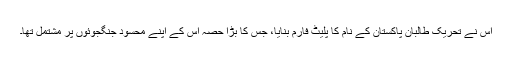
اس نے تحریک طالبان پاکستان کے نام کا پلیٹ فارم بنایا، جس کا بڑا حصہ اس کے اپنے محسود جنگجوئوں پر مشتمل تھا۔